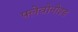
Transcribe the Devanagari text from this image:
फ्लेवोनोइड